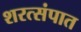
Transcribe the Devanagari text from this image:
शरत्संपात